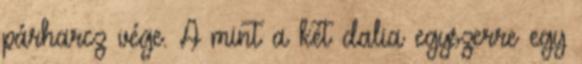
párharcz vége. A mint a két dalia egyszerre egy